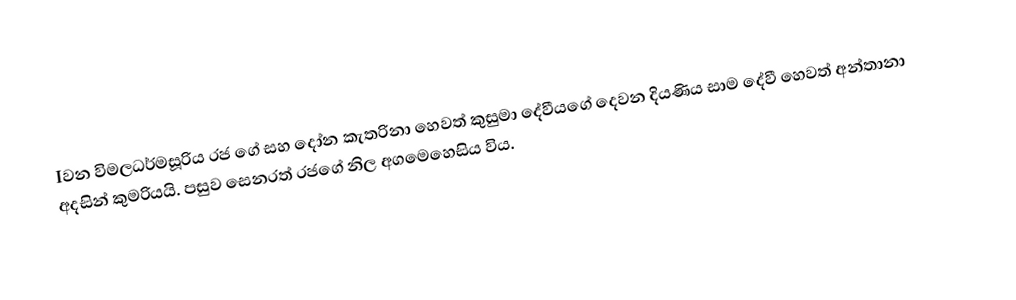
Iවන විමලධර්මසූරිය රජ ගේ සහ දෝන කැතරිනා හෙවත් කුසුමා දේවීයගේ දෙවන දියණිය සාම දේවී හෙවත් අන්තානා අදසින් කුමරියයි. පසුව සෙනරත් රජගේ නිල අගමෙහෙසිය විය.